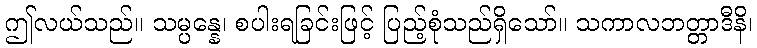
ဤလယ်သည်။ သမ္ပန္နေ၊ စပါးရခြင်းဖြင့် ပြည့်စုံသည်ရှိသော်။ သကာလဘတ္တာဒီနိ၊